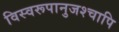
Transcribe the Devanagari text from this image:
विस्वरूपानुजश्चापि